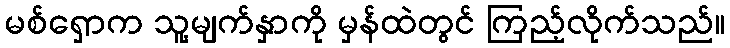
မစ်ရှောက သူ့မျက်နှာကို မှန်ထဲတွင် ကြည့်လိုက်သည်။